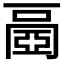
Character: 𠁐